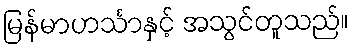
မြန်မာဟင်္သာနှင့် အသွင်တူသည်။